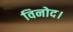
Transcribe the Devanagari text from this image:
विनोद।